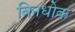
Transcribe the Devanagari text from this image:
बिनधोक